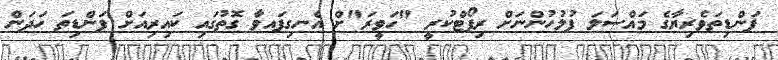
ފަންޑިތަވެރިޔާގެ މައްސަލަ ފުލުހުންނަށް ރިޕޯޓްކުރީ "ހަވީރަ"ށް އެނގިފައވާ ގޮތުގައި ކައިރިއަށް ފަންޑިތަ ހަދަން